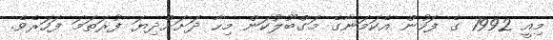
މިއީ 1992 ގެ ފަހުން އެކަމަނާގެ މަގްބޫލުކަން މިހާ ދަށަށްދިޔަ ފުރަތަމަ ފަހަރެވެ.